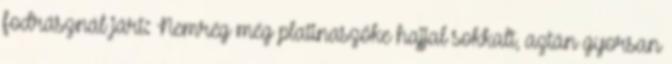
fodrásznál járt: Nemrég még platinaszőke hajjal sokkalt, aztán gyorsan